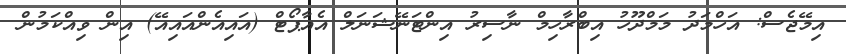
އިމޭޖެސް: އަހްމަދު މަމްދޫހު އިބްރާހިމް ނާސިރު އިންޓަނޭޝަނަލް އެއާޕޯޓް (އައިއެންއައިއޭ) އިން ވިއްކަމުން